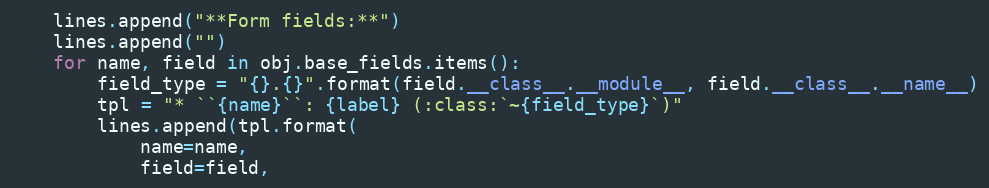
Language: Python
    lines.append("**Form fields:**")
    lines.append("")
    for name, field in obj.base_fields.items():
        field_type = "{}.{}".format(field.__class__.__module__, field.__class__.__name__)
        tpl = "* ``{name}``: {label} (:class:`~{field_type}`)"
        lines.append(tpl.format(
            name=name,
            field=field,